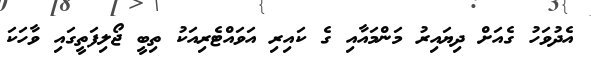
އެދުވަހު ގެއަށް ދިޔައިރު މަންމައާއި ގެ ކައިރި އަވައްޓެރިއަކު ތިބީ ޖޯލިފަތީގައި ވާހަކަ